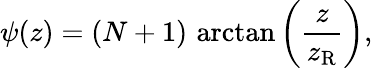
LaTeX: \psi(z)=(N+1)\, \arctan\left({\frac{z}{z_{\mathrm{R}}}}\right),